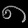
Digit: ၈